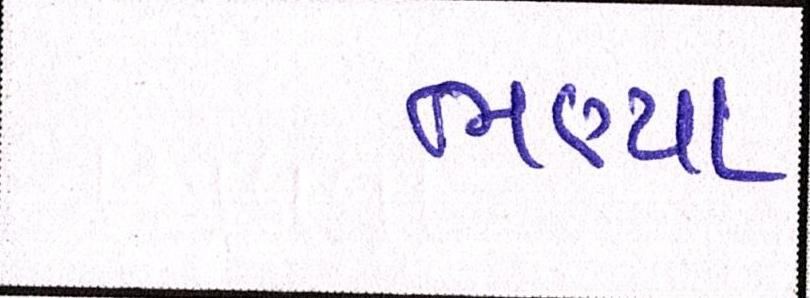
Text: ભણ્યા